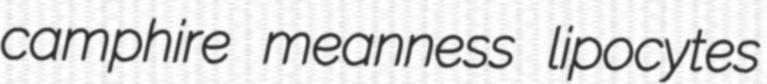
camphire meanness lipocytes